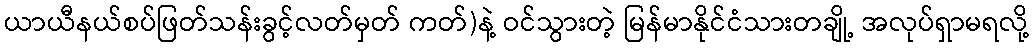
ယာယီနယ်စပ်ဖြတ်သန်းခွင့်လတ်မှတ် ကတ်)နဲ့ ဝင်သွားတဲ့ မြန်မာနိုင်ငံသားတချို့ အလုပ်ရှာမရလို့